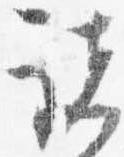
諸